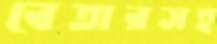
বেতারসহ